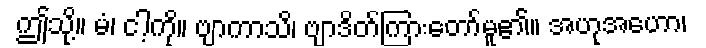
ဤသို့။ မံ၊ ငါ့ကို။ ဗျာကာသိ၊ ဗျာဒိတ်ကြားတော်မူ၏။ အဟုအဟော၊